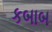
કબાબ